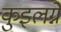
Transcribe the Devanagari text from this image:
कुइलग्ने